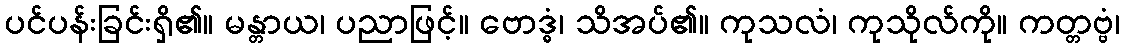
ပင်ပန်းခြင်းရှိ၏။ မန္တာယ၊ ပညာဖြင့်။ ဗောဒ္ဓံ၊ သိအပ်၏။ ကုသလံ၊ ကုသိုလ်ကို။ ကတ္တဗ္ဗံ၊